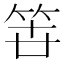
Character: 𮅉